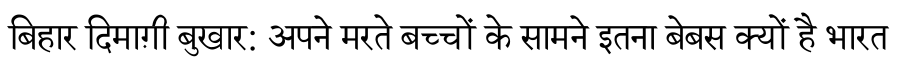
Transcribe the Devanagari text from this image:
बिहार दिमाग़ी बुखार: अपने मरते बच्चों के सामने इतना बेबस क्यों है भारत